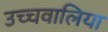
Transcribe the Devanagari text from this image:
उच्चवालिया